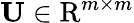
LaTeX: \mathbf{U}\in\mathrm{R}^{m\times m}